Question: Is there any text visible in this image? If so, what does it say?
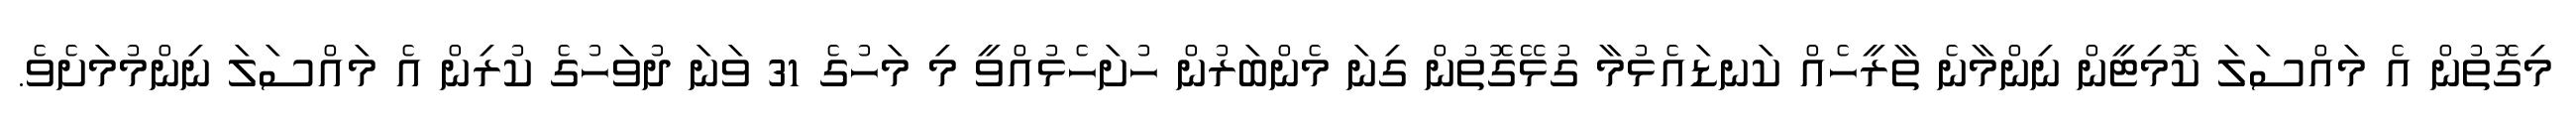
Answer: މިގޮތުން އެ މައްސަލަ ކޮމިޓީން ނިންމާނެ ތާރީހެއް ކަނޑައެޅުމާ ގުޅޭގޮތުން ގިނަ މެންބަރުން ހުށަހެޅުއްވީ މި މަހުގެ 31 ވަނަ ދުވަހުގެ ކުރިން އެ މައްސަލަ ނިންމުމަށެވެ.